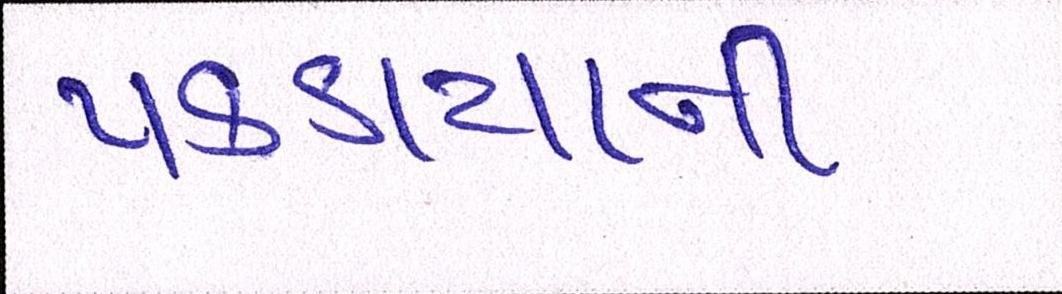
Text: પકડાયાની